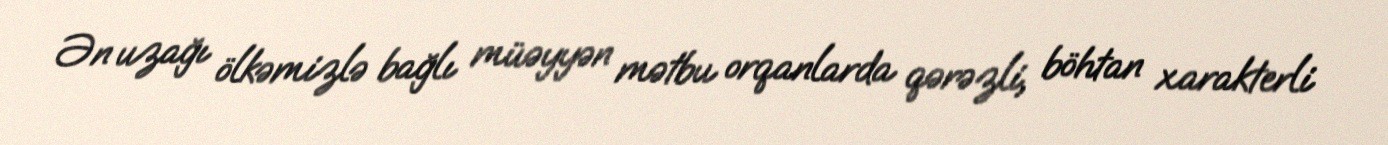
Ən uzağı ölkəmizlə bağlı müəyyən mətbu orqanlarda qərəzli, böhtan xarakterli